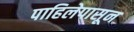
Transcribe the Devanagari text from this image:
पाहिलेपासून